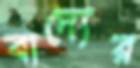
বাদ্যের